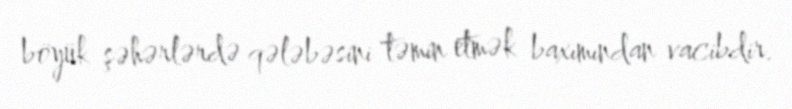
böyük şəhərlərdə qələbəsini təmin etmək baxımından vacibdir.